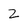
Character: Z